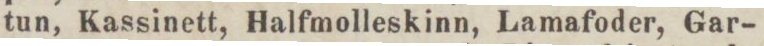
tun, Kassinett, Halfmolleskinn, Lamafoder, Gar-